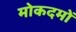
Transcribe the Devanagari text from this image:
मोकदमों